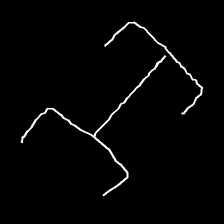
Glyph: entwine